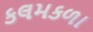
કલમકળા